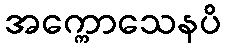
အက္ကောသေနပိ